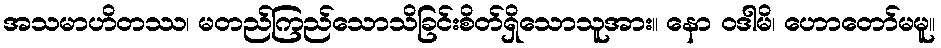
အသမာဟိတဿ၊ မတည်ကြည်သောသိခြင်းစိတ်ရှိသောသူအား။ နော ဝဒါမိ၊ ဟောတော်မမူ။